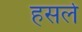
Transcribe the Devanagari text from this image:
हसर्ल